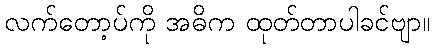
လက်တော့ပ်ကို အဓိက ထုတ်တာပါခင်ဗျာ။